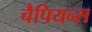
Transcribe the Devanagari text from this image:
चैपियन्स